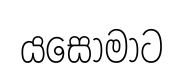
යසෝමාට